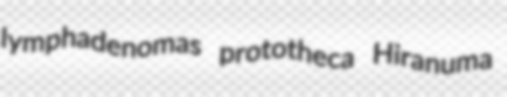
lymphadenomas prototheca Hiranuma